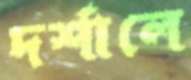
দর্শালে